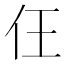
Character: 仼